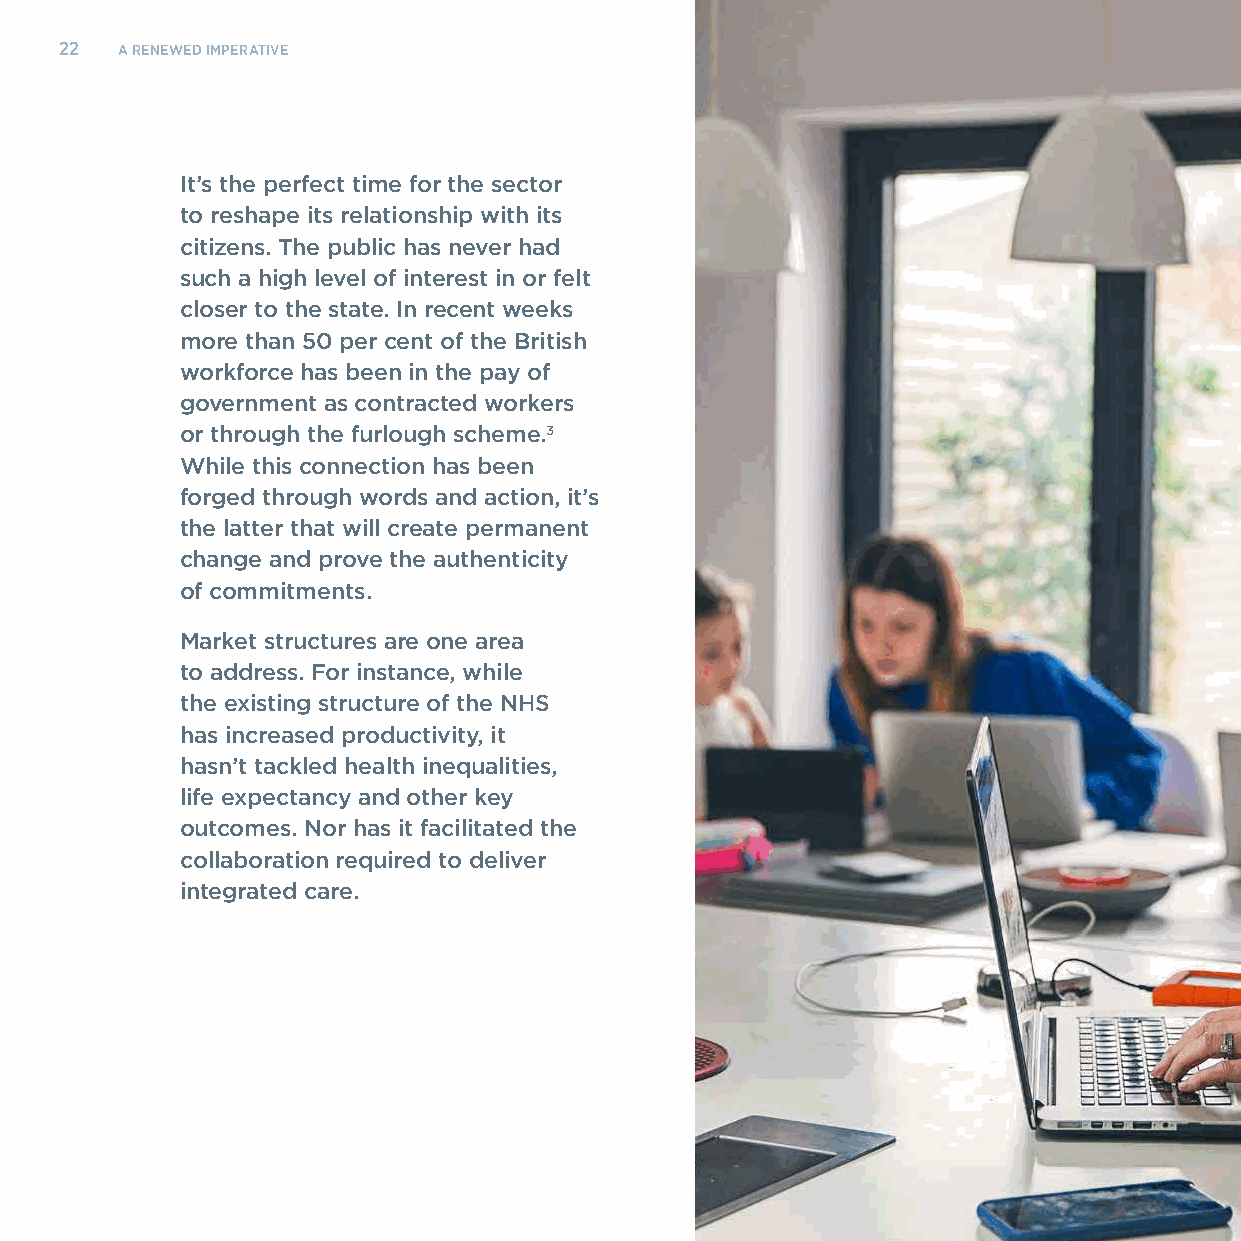
22  A RENEWED IMPERATIVE
 It’s the perfect time for the sector
 to reshape its relationship with its
 citizens. The public has never had
 such a high level of interest in or felt
 closer to the state. In recent weeks
 more than 50 per cent of the British
 workforce has been in the pay of
 government as contracted workers
 or through the furlough scheme.3
 While this connection has been
 forged through words and action, it’s
 the latter that will create permanent
 change and prove the authenticity
 of commitments.
 Market structures are one area
 to address. For instance, while
 the existing structure of the NHS
 has increased productivity, it
 hasn’t tackled health inequalities,
 life expectancy and other key
 outcomes. Nor has it facilitated the
 collaboration required to deliver
 integrated care.